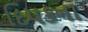
દિપકના